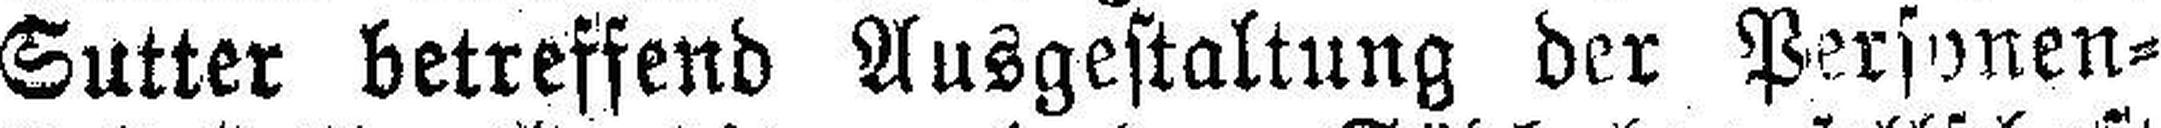
Sutter betreffend Ausgestaltung der Personen¬